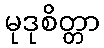
မုဒုစိတ္တာ